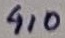
Text: 4,0